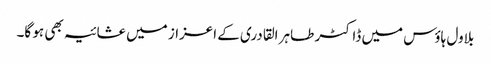
بلاول ہاؤس میں ڈاکٹر طاہر القادری کے اعزاز میں عشائیہ بھی ہو گا۔